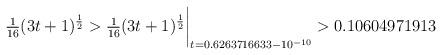
LaTeX: \begin{align*} \tfrac{1}{16}(3t+1)^{\frac12} > \tfrac{1}{16}(3t+1)^{\frac12}\biggr\rvert_{t=0.6263716633 - 10^{-10}} > 0.10604971913\quad\end{align*}